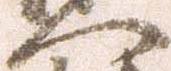
門